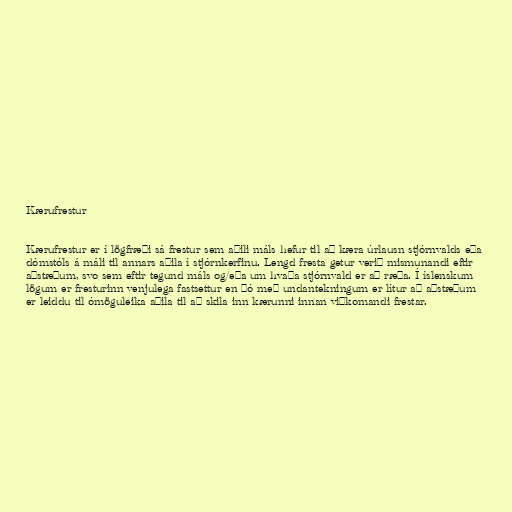
Kærufrestur

Kærufrestur er í lögfræði sá frestur sem aðili máls hefur til að kæra úrlausn stjórnvalds eða
dómstóls á máli til annars aðila í stjórnkerfinu. Lengd fresta getur verið mismunandi eftir
aðstæðum, svo sem eftir tegund máls og/eða um hvaða stjórnvald er að ræða. Í íslenskum
lögum er fresturinn venjulega fastsettur en þó með undantekningum er lítur að aðstæðum
er leiddu til ómöguleika aðila til að skila inn kærunni innan viðkomandi frestar.